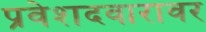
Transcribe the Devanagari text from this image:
प्रवेशदवारावर